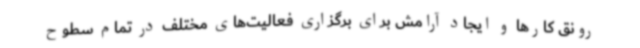
رونق کارها و ایجاد آرامش برای برگزاری فعالیت‌های مختلف در تمام سطوح